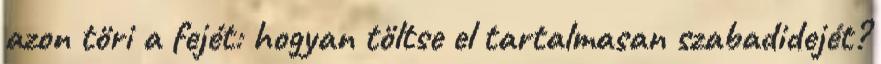
azon töri a fejét: hogyan töltse el tartalmasan szabadidejét?